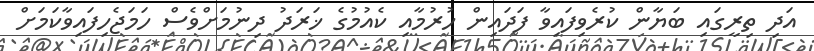
އަދި ތިރީގައި ބަޔާން ކުރެވިފައިވާ ފަދައިން ހުރުމާއި ކެއުމުގެ ޚަރަދު ދިނުމަށްވެސް ހަމަޖެހިފައިވާކަމަށް